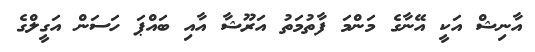
އާނިޝް އަކީ އޭނާގެ މަންމަ ފާތުމަތު އަރޫޝާ އާއި ބައްޕަ ހަސަން އަގީލްގެ